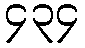
၄၃၄